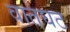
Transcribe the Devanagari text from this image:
वातघट